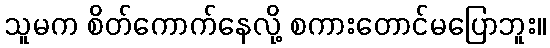
သူမက စိတ်ကောက်နေလို့ စကားတောင်မပြောဘူး။